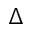
\Delta